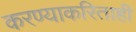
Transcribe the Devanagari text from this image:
करण्याकरिताही